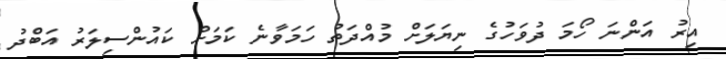
އިރު އަންނަ ހޯމަ ދުވަހުގެ ނިޔަލަށް މުއްދަތު ހަމަވާނެ ކަމަށް ކައުންސިލަރު އަބްދު